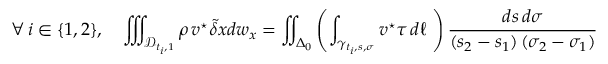
\forall \, i \in \{ 1 , 2 \} , \quad \iiint _ { { \mathcal D } _ { t _ { i } , 1 } } \rho \, \boldsymbol { v } ^ { \star } \tilde { \delta } \boldsymbol { x } d w _ { \boldsymbol x } = \iint _ { \Delta _ { 0 } } \left( \int _ { \gamma _ { t _ { i } , { s } , { \sigma } } } \boldsymbol { v } ^ { \star } \boldsymbol { \tau } \, d \ell \ \right) \frac { d s \, d \sigma } { ( s _ { 2 } - s _ { 1 } ) \, ( \sigma _ { 2 } - \sigma _ { 1 } ) }